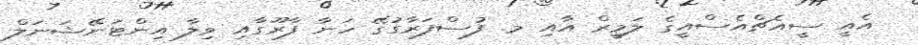
އެއީ ސީއެޗްއެސްއީގެ ލަމީރް އާއި މ. ފުސްފަރާގުގޭ ހަނާ ފާރޫގާއި ވިލާ އިންޓަނޭޝަނަލް